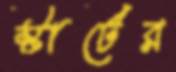
স্টার্টের